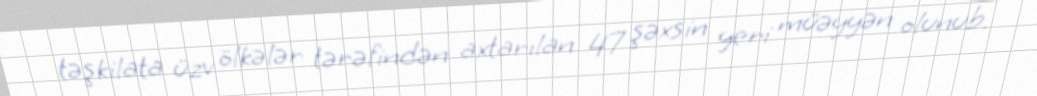
təşkilata üzv ölkələr tərəfindən axtarılan 47 şəxsin yeri müəyyən olunub.